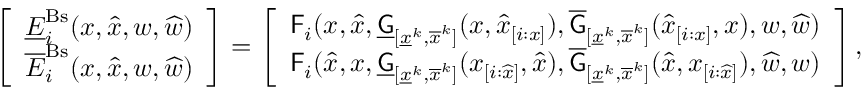
\begin{array} { r } { \left[ \begin{array} { l } { \underline { { E } } _ { i } ^ { \mathrm { B s } } ( x , \widehat { x } , w , \widehat { w } ) } \\ { \overline { { E } } _ { i } ^ { \mathrm { B s } } ( x , \widehat { x } , w , \widehat { w } ) } \end{array} \right] = \left[ \begin{array} { l } { \mathsf { F } _ { i } ( x , \widehat { x } , \underline { { \mathsf { G } } } _ { [ \underline { { x } } ^ { k } , \overline { { x } } ^ { k } ] } ( x , \widehat { x } _ { [ i : x ] } ) , \overline { { \mathsf { G } } } _ { [ \underline { { x } } ^ { k } , \overline { { x } } ^ { k } ] } ( \widehat { x } _ { [ i : x ] } , x ) , w , \widehat { w } ) } \\ { \mathsf { F } _ { i } ( \widehat { x } , x , \underline { { \mathsf { G } } } _ { [ \underline { { x } } ^ { k } , \overline { { x } } ^ { k } ] } ( x _ { [ i : \widehat { x } ] } , \widehat { x } ) , \overline { { \mathsf { G } } } _ { [ \underline { { x } } ^ { k } , \overline { { x } } ^ { k } ] } ( \widehat { x } , x _ { [ i : \widehat { x } ] } ) , \widehat { w } , w ) } \end{array} \right] , } \end{array}